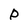
Character: P